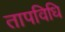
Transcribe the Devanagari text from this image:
तापविधि